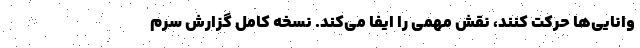
وانایی‌ها حرکت کنند، نقش مهمی را ایفا می‌کند. نسخه کامل گزارش سرم